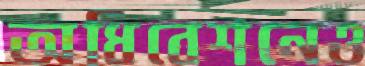
অধিবেশনেও